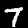
Digit: 7